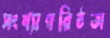
সংখ্যাগরিষ্ঠতা